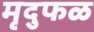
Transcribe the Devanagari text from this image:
मृदुफळ